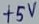
Text: +5V